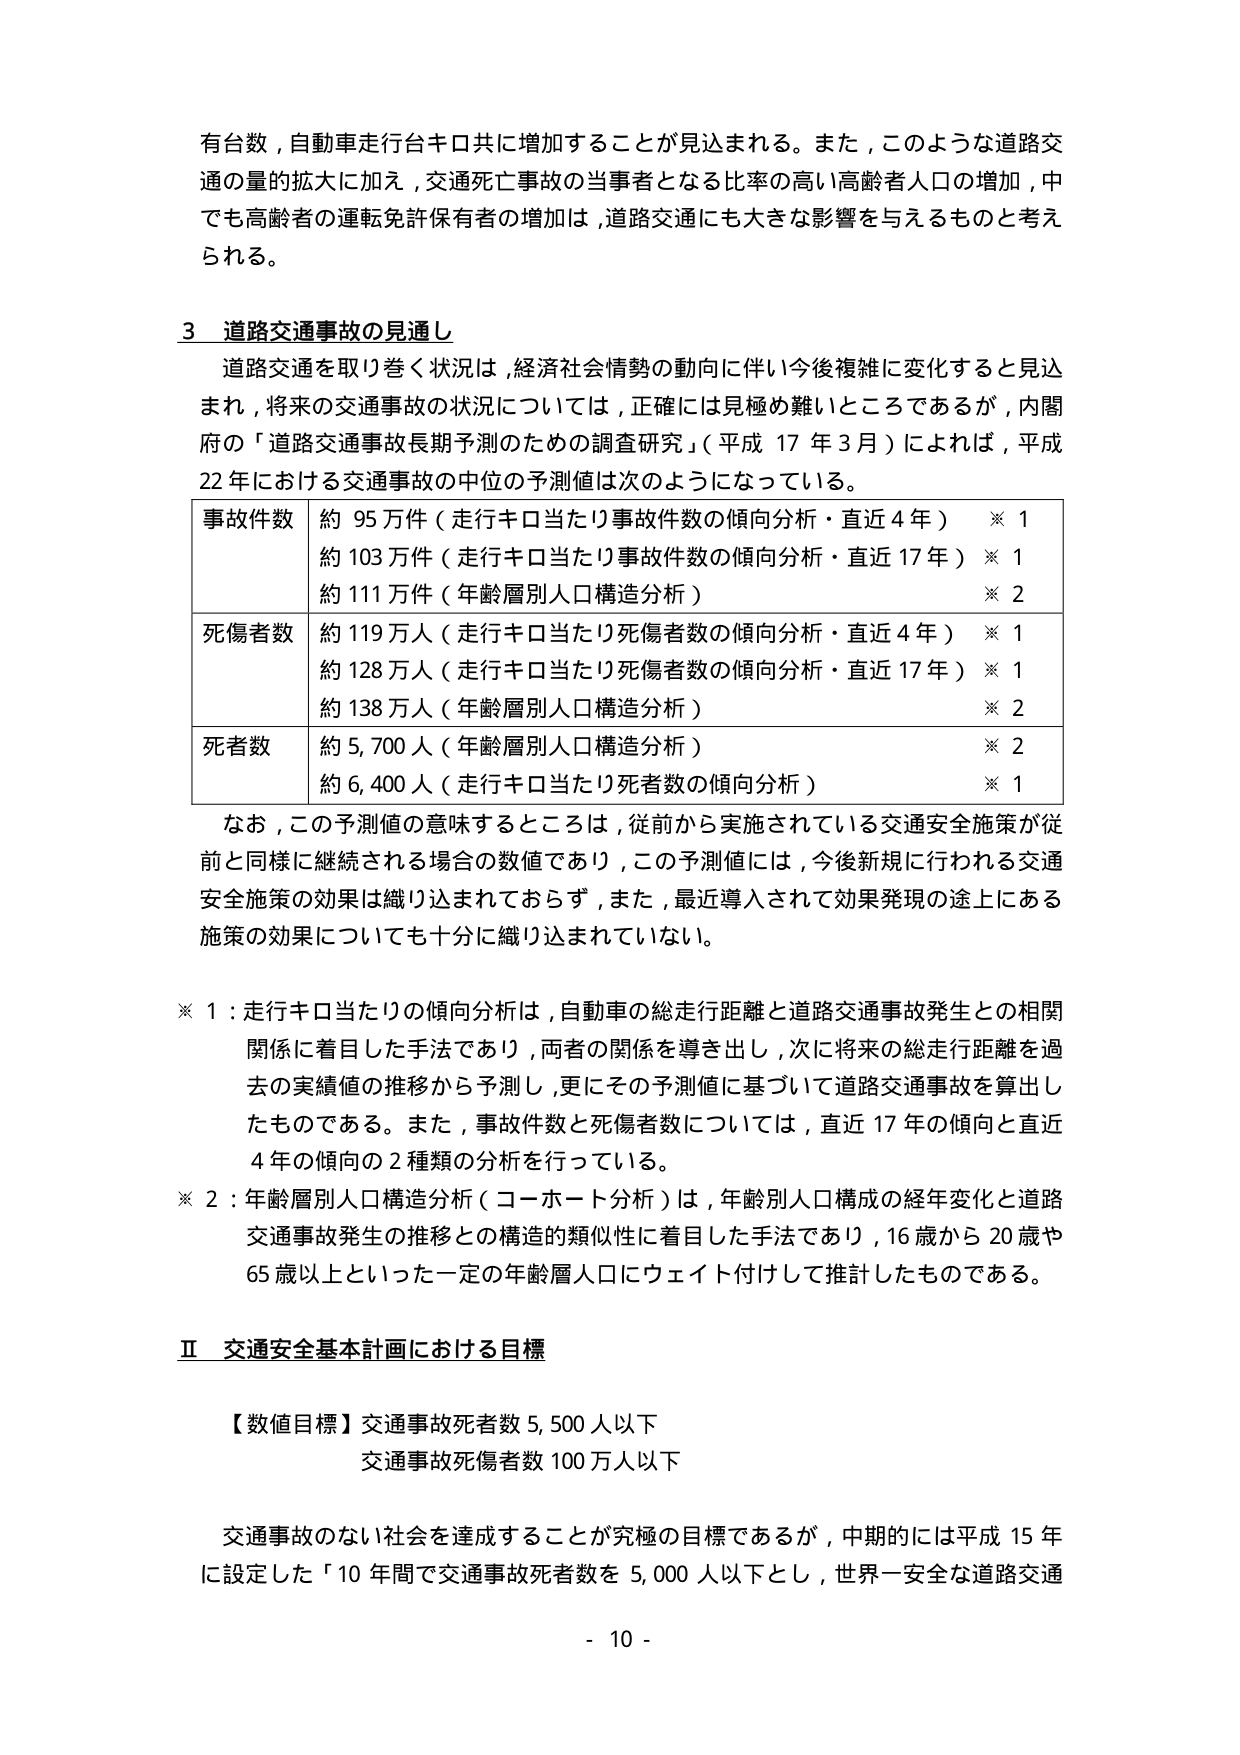
有台数，自動車走行台キロ共に増加することが見込まれる。また，このような道路交通の量的拡大に加え，交通死亡事故の当事者となる比率の高い高齢者人口の増加，中でも高齢者の運転免許保有者の増加は，道路交通にも大きな影響を与えるものと考えられる。

3 道路交通事故の見通し

道路交通を取り巻く状況は，経済社会情勢の動向に伴い今後複雑に変化すると見込まれ，将来の交通事故の状況については，正確には見極め難いところであるが，内閣府の「道路交通事故長期予測のための調査研究」（平成17年3月）によれば，平成22年における交通事故の中位の予測値は次のようになっている。

| 事故件数 | 約95万件（走行キロ当たり事故件数の傾向分析・直近4年）※1 |
|----------|----------------------------------------------------------|
|          | 約103万件（走行キロ当たり事故件数の傾向分析・直近17年）※1 |
|          | 約111万件（年齢層別人口構造分析）※2                       |
| 死傷者数 | 約119万人（走行キロ当たり死傷者数の傾向分析・直近4年）※1 |
|          | 約128万人（走行キロ当たり死傷者数の傾向分析・直近17年）※1 |
|          | 約138万人（年齢層別人口構造分析）※2                       |
| 死者数   | 約5,700人（年齢層別人口構造分析）※2                       |
|          | 約6,400人（走行キロ当たり死者数の傾向分析）※1             |

なお，この予測値の意味するところは，従前から実施されている交通安全施策が従前と同様に継続される場合の数値であり，この予測値には，今後新規に行われる交通安全施策の効果は織り込まれておらず，また，最近導入されて効果発現の途上にある施策の効果についても十分に織り込まれていない。

※1：走行キロ当たりの傾向分析は，自動車の総走行距離と道路交通事故発生との相関関係に着目した手法であり，両者の関係を導き出し，次に将来の総走行距離を過去の実績値の推移から予測し，更にその予測値に基づいて道路交通事故を算出したものである。また，事故件数と死傷者数については，直近17年の傾向と直近4年の傾向の2種類の分析を行っている。

※2：年齢層別人口構造分析（コーホート分析）は，年齢別人口構成の経年変化と道路交通事故発生の推移との構造的類似性に着目した手法であり，16歳から20歳や65歳以上といった一定の年齢層人口にウェイト付けして推計したものである。

Ⅱ 交通安全基本計画における目標

【数値目標】交通事故死者数5,500人以下
交通事故死傷者数100万人以下

交通事故のない社会を達成することが究極の目標であるが，中期的には平成15年に設定した「10年間で交通事故死者数を5,000人以下とし，世界一安全な道路交通

- 10 -